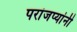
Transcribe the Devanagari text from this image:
परांजप्यांनी